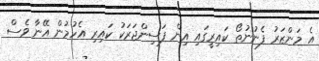
އެ މަންޒަރު ފެނުނުތޯ ކައިރީގައި އިން ފަސިންޖަރަކު ކައިރި އެހުމުން އޭނާ ވެސް